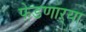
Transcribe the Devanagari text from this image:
फेडणाऱ्या